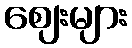
ဈေးများ